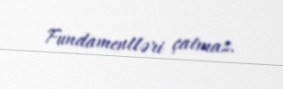
Fundamentləri çatmaz.